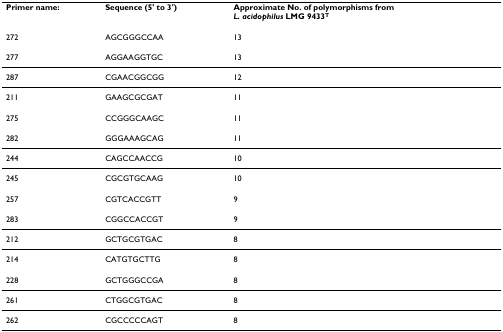
<table><thead><tr><td><b>Primer name:</b></td><td><b>Sequence (5&#x27; to 3&#x27;)</b></td><td><b>Approximate No. of polymorphisms from<i>L. acidophilus </i>LMG 9433<sup>T</sup></b></td></tr></thead><tbody><tr><td>272</td><td>AGCGGGCCAA</td><td>13</td></tr><tr><td>277</td><td>AGGAAGGTGC</td><td>13</td></tr><tr><td>287</td><td>CGAACGGCGG</td><td>12</td></tr><tr><td>211</td><td>GAAGCGCGAT</td><td>11</td></tr><tr><td>275</td><td>CCGGGCAAGC</td><td>11</td></tr><tr><td>282</td><td>GGGAAAGCAG</td><td>11</td></tr><tr><td>244</td><td>CAGCCAACCG</td><td>10</td></tr><tr><td>245</td><td>CGCGTGCAAG</td><td>10</td></tr><tr><td>257</td><td>CGTCACCGTT</td><td>9</td></tr><tr><td>283</td><td>CGGCCACCGT</td><td>9</td></tr><tr><td>212</td><td>GCTGCGTGAC</td><td>8</td></tr><tr><td>214</td><td>CATGTGCTTG</td><td>8</td></tr><tr><td>228</td><td>GCTGGGCCGA</td><td>8</td></tr><tr><td>261</td><td>CTGGCGTGAC</td><td>8</td></tr><tr><td>262</td><td>CGCCCCCAGT</td><td>8</td></tr></tbody></table>